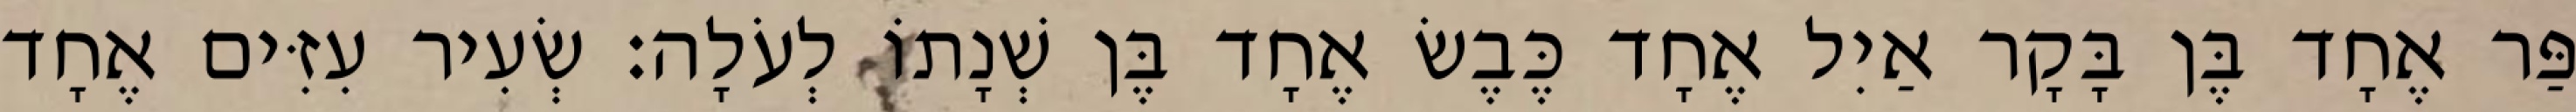
פַּר אֶחָד בֶּן בָּקָר אַיִל אֶחָד כֶּבֶשׂ אֶחָד בֶּן שְׁנָתוֹ לְעֹלָה׃ שְׂעִיר עִזִּים אֶחָד